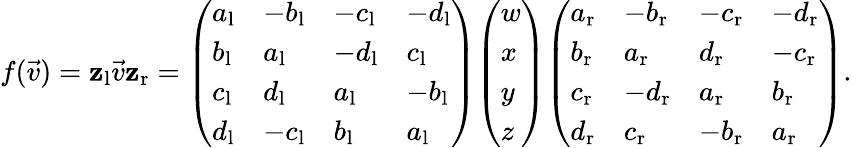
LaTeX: f({\vec{v}})=\mathbf{z}_{\mathrm{{l}}}{\vec{v}}\mathbf{z}_{\mathrm{{r}}}={\left(\begin{array}{llll}{a_{\mathrm{{l}}}}&{-b_{\mathrm{{l}}}}&{-c_{\mathrm{{l}}}}&{-d_{\mathrm{{l}}}}\\ {b_{\mathrm{{l}}}}&{a_{\mathrm{{l}}}}&{-d_{\mathrm{{l}}}}&{c_{\mathrm{{l}}}}\\ {c_{\mathrm{{l}}}}&{d_{\mathrm{{l}}}}&{a_{\mathrm{{l}}}}&{-b_{\mathrm{{l}}}}\\ {d_{\mathrm{{l}}}}&{-c_{\mathrm{{l}}}}&{b_{\mathrm{{l}}}}&{a_{\mathrm{{l}}}}\end{array}\right)}{\left(\begin{array}{l}{w}\\ {x}\\ {y}\\ {z}\end{array}\right)}{\left(\begin{array}{llll}{a_{\mathrm{{r}}}}&{-b_{\mathrm{{r}}}}&{-c_{\mathrm{{r}}}}&{-d_{\mathrm{{r}}}}\\ {b_{\mathrm{{r}}}}&{a_{\mathrm{{r}}}}&{d_{\mathrm{{r}}}}&{-c_{\mathrm{{r}}}}\\ {c_{\mathrm{{r}}}}&{-d_{\mathrm{{r}}}}&{a_{\mathrm{{r}}}}&{b_{\mathrm{{r}}}}\\ {d_{\mathrm{{r}}}}&{c_{\mathrm{{r}}}}&{-b_{\mathrm{{r}}}}&{a_{\mathrm{{r}}}}\end{array}\right)}.